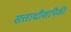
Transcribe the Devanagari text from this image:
सत्ताधीशांपैकी